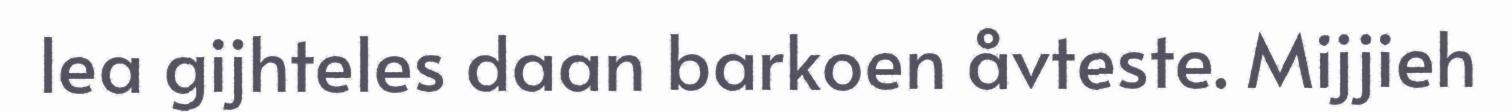
lea gijhteles daan barkoen åvteste. Mijjieh